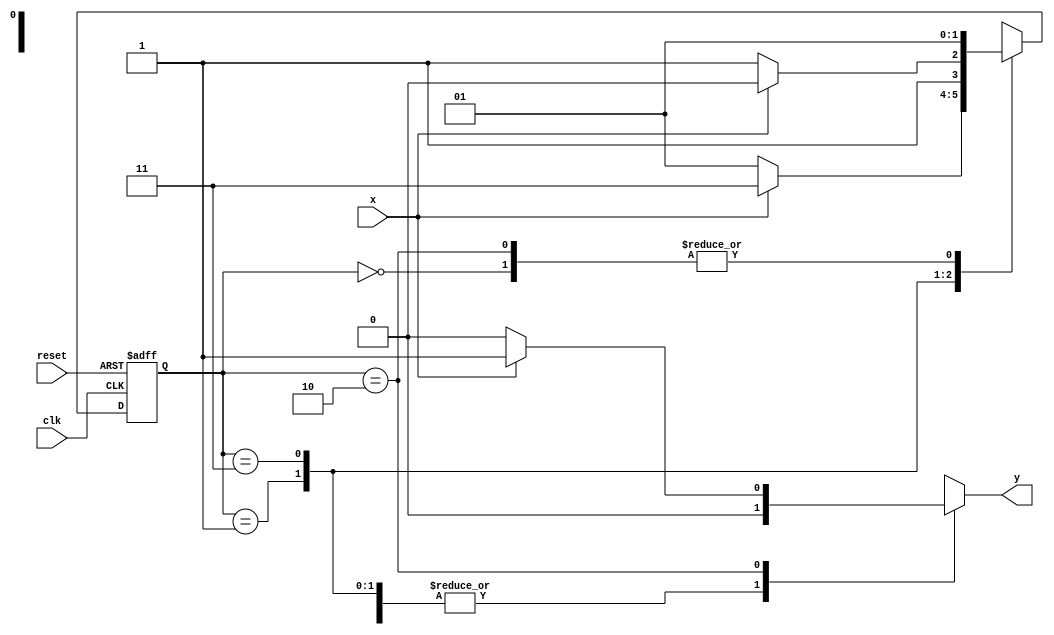
// Exemplo0055 - EXTRA
//  Aluno: Gustavo Barbosa

//-----------
//--Mealy FSM
//-----------

//constant definitions
`define found 1
`define notfound 0

//FSM by Mealy
module mealyx111(y, x, clk, reset);

output y;
input x;
input clk;
input reset;

reg y;

parameter //state identifiers
start = 2'b00,
id1 = 2'b01,
id011=2'b11,
id110=2'b10;


reg[1:0]E1;//current state variables
reg[1:0]E2;//next stat logic output

//next state logic
always @(x or E1)
begin
	y = `notfound;
case(E1)
	start:
		if(x)
			E2 = id1;
		else
			E2 = id1;
id1:
	if(x)
		E2 = id011;
	else
		E2 =	id1;
id011:
	if(x)
		E2 = id110;
	else
		E2 = id011;	
id110:
	if(x)
		begin
			E2 = id1;
			y = `found;
	   end
else
	begin
		E2 = id1;
		y = `notfound;
	end
default:  //undefined state
	E2 = 2'bxx;
endcase

end // always at signal or state changing

//state variables
always @(posedge clk or negedge reset)
begin
if(reset)
E1 = E2; //updates current state
else
E1 = 0; //reset

end // always at signal changing

endmodule // mealyx111